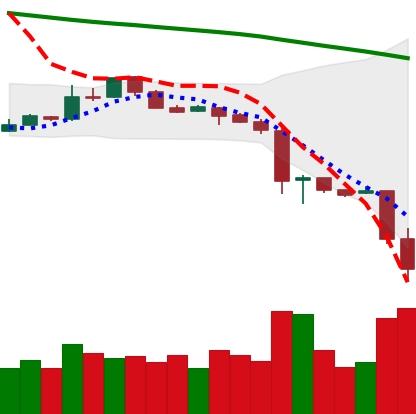
Ticker: LTC-USD
Chart end date: 2018-11-20
Forward return: -6.512%
Label: down_5_7